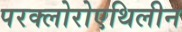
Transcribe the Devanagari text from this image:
परक्लोरोएथिलीन